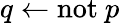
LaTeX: q\leftarrow\mathrm{not}~p